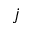
j